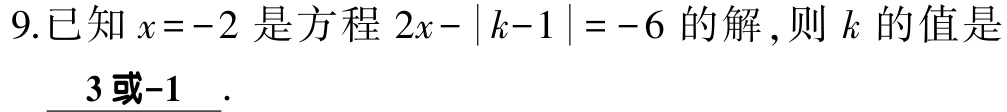
9.已知\(x = - 2\)是方程\(2x-\vert k - 1\vert=-6\)的解，则\(k\)的值是___\(3或 - 1\)___.